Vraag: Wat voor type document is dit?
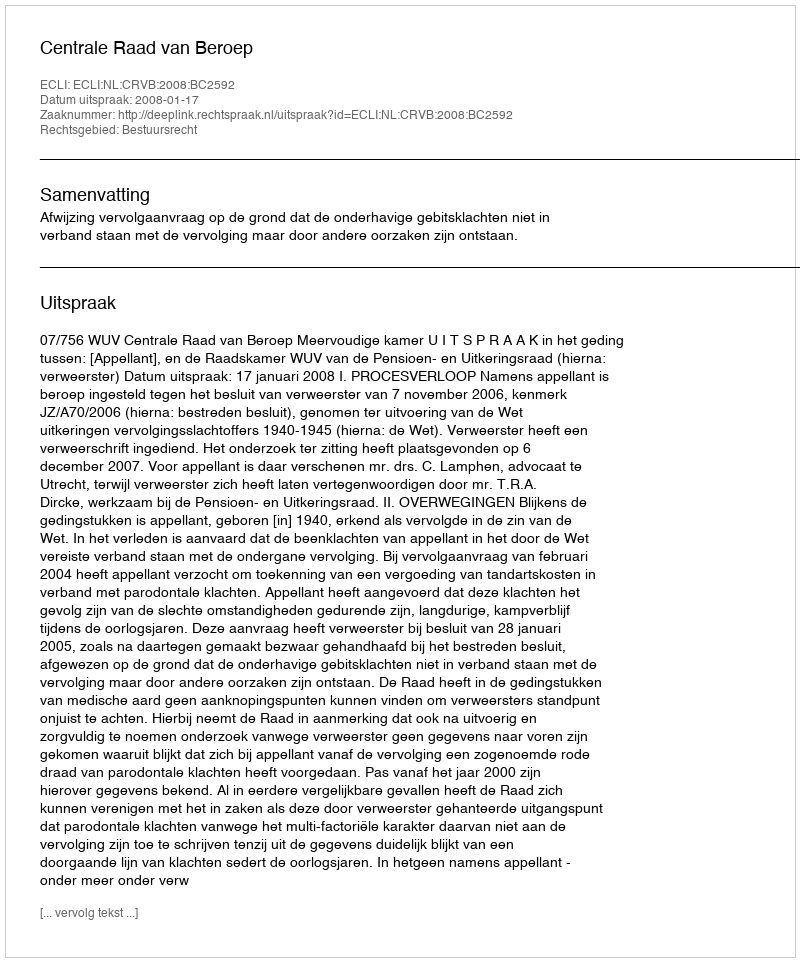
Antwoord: Uitspraak